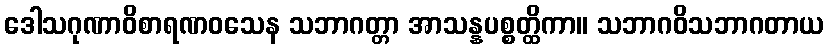
ဒေါသဂုဏာဝိစာရဏဝသေန သဘာဂတ္တာ အာသန္နပစ္စတ္ထိကာ။ သဘာဂဝိသဘာဂတာယ